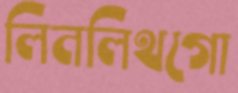
লিনলিথগো